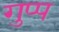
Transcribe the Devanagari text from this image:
गुप्प